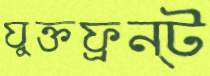
যুক্তফ্রন্ট